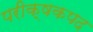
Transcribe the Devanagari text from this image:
परीक्षकपद